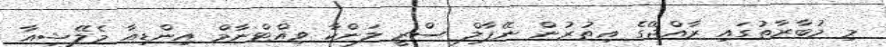
މި މުބާރާތުގައި ރާއްޖޭގެ އިތުރުން ނޭޕާލް ސްރީ ލަންކާ ވިއްޓްނާމް އިންޑިއާ މެލޭޝިއާ